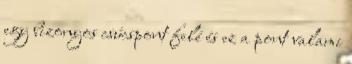
egy bizonyos csúcspont felé és ez a pont valami